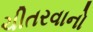
ચીતરવાનો